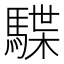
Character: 䮜